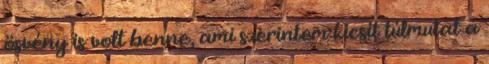
ösvény is volt benne, ami szerintem kicsit túlmutat a